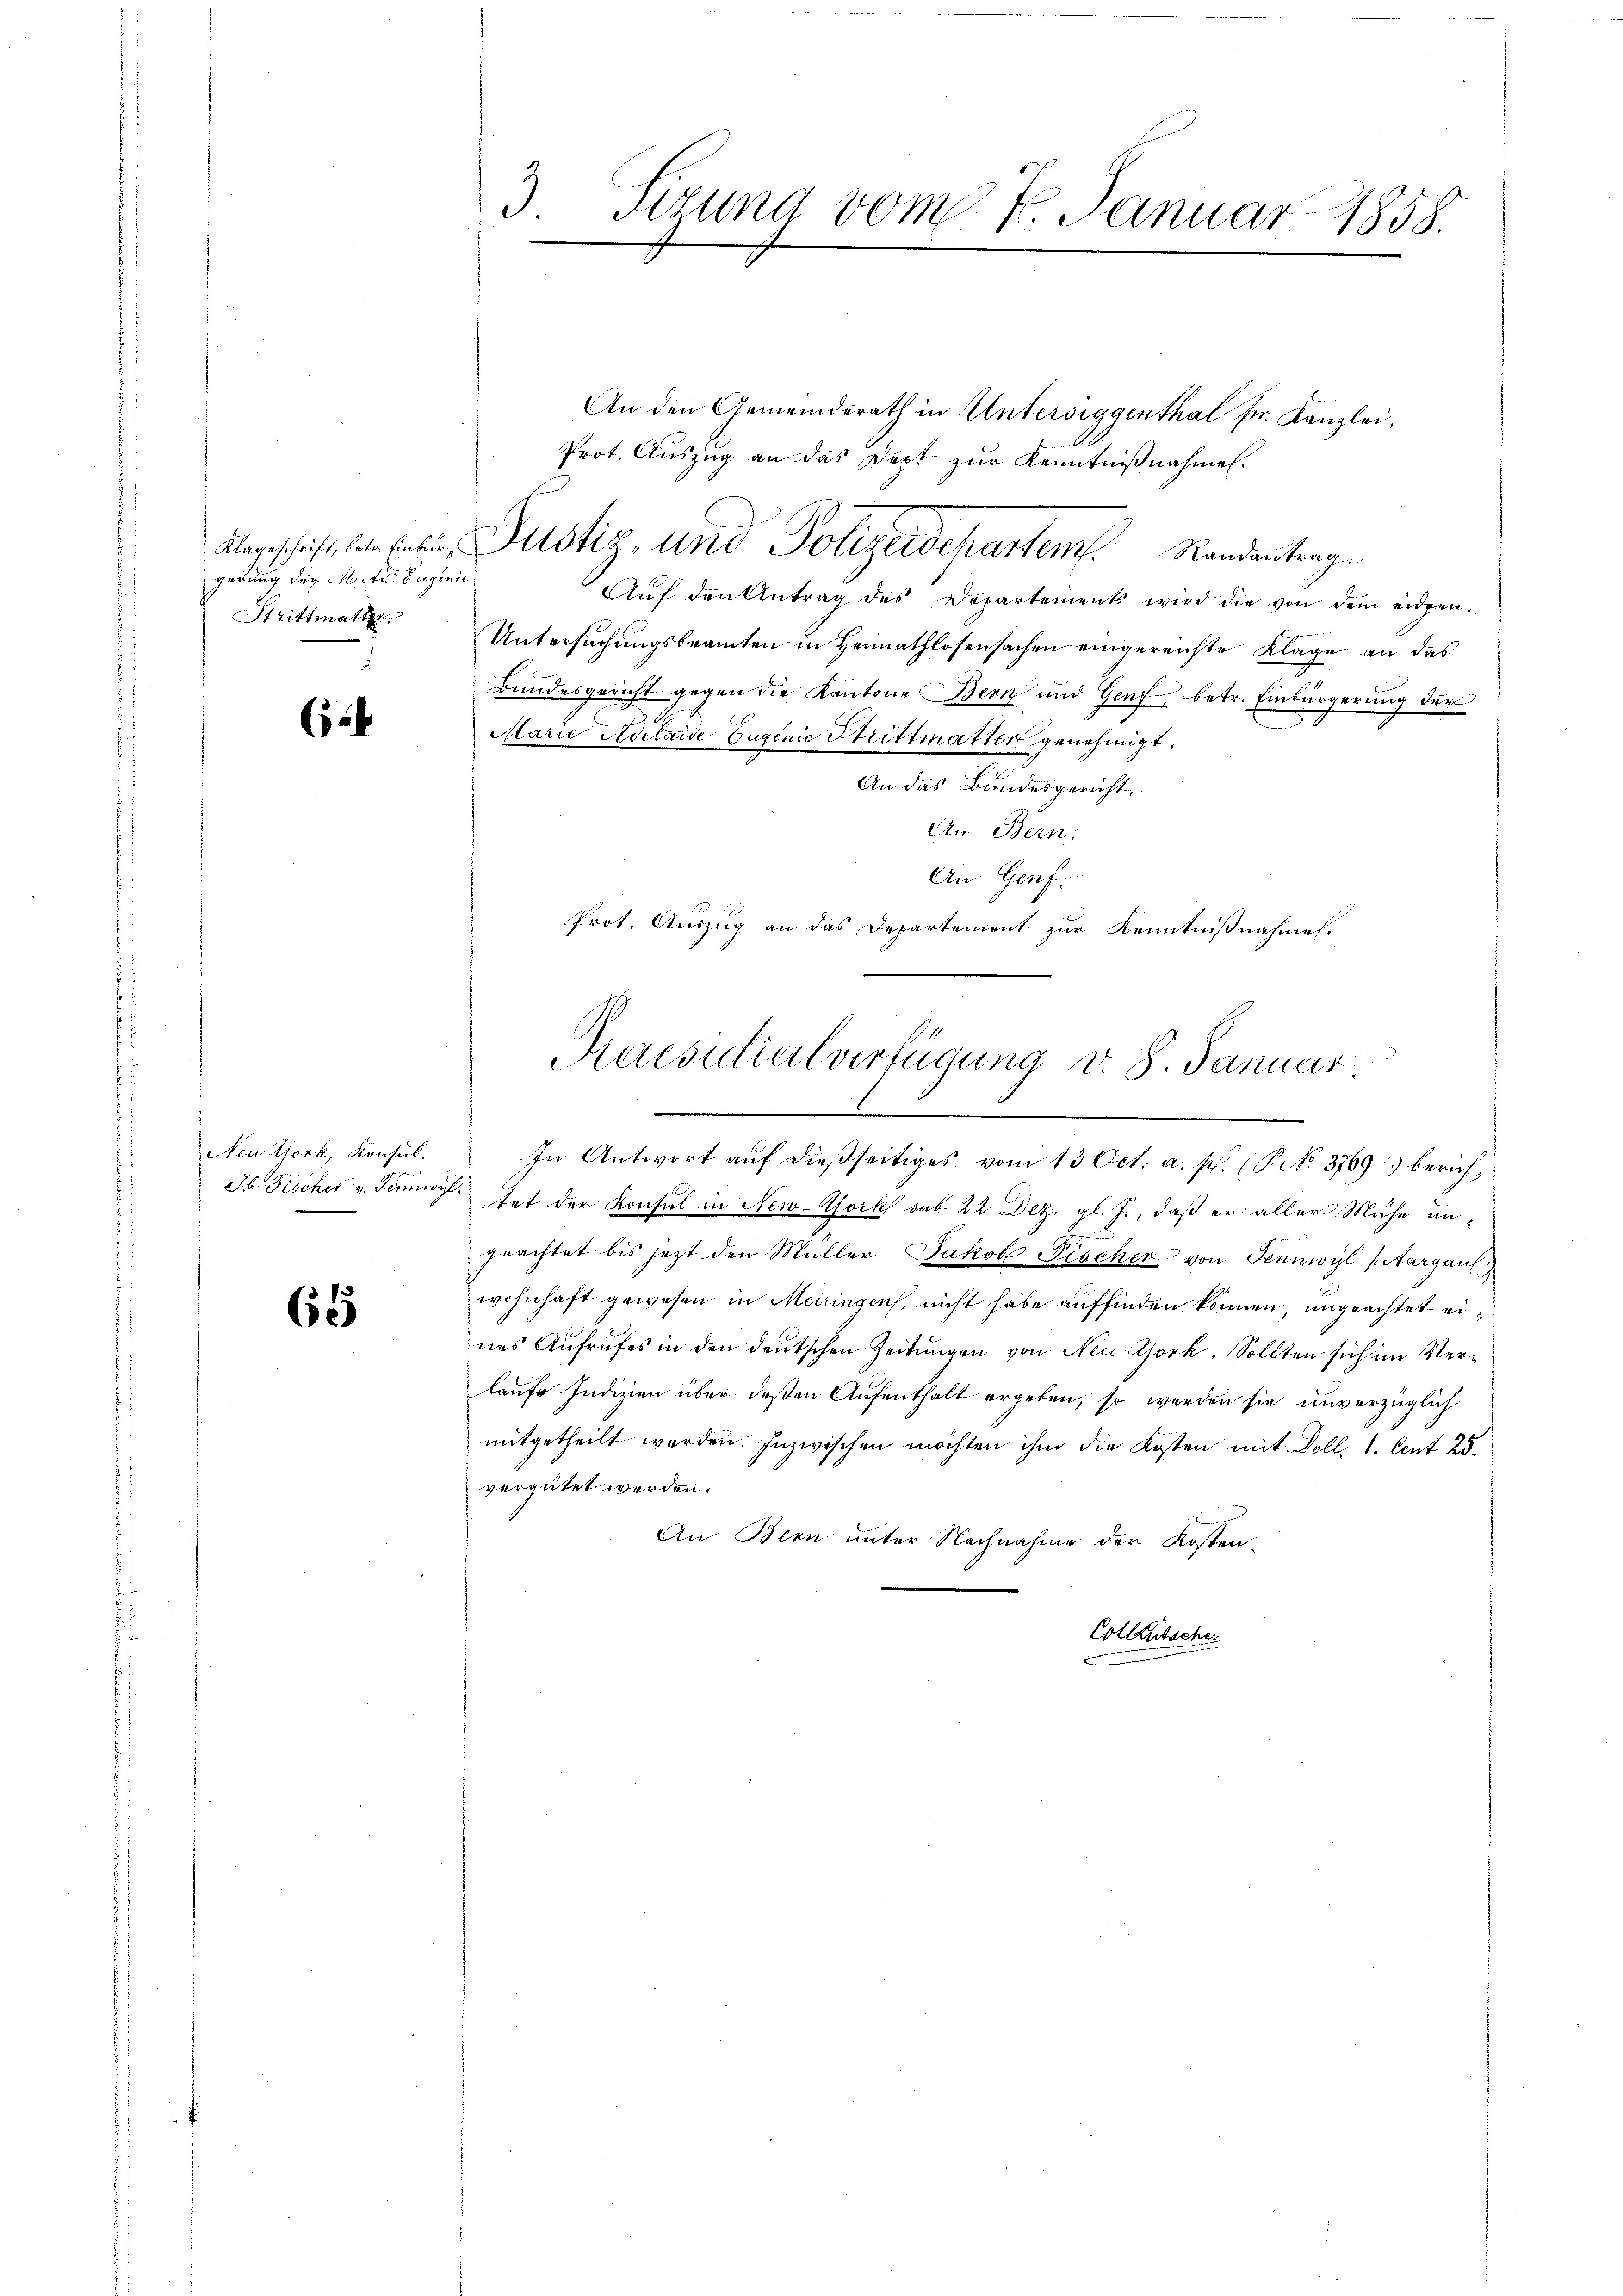
gerung der Miter Sagenie
Strittmatte.

5

Neuthork, Konsul.

65

3. Sizung vom 7. Januar 1858.

abgeschrift et sein Pitstiz, und Polizeidepartem Randentrag
Aŭf den Antrag des Departements wird die von dem eidgen.
Untersuchungsbeamten in Heimathlosensachen eingereichte Klage an das
Bundesgericht gegen die Kantone Bern und Genf betr. Einbürgerung der
Marie Adelaide Zugenie Strittmatter genehmigt.
An das Bundesgericht
An Bern.
An Genf.
Prot. Auszug an das Departement zur Kenntnißnahmen.
n

An den Gemeinderath in Untersiggenthal sr. Kanzlei,
Prot. Auszug an das Dept zur Kenntnißnahmen.

Praesidialverfügung v. 8. Januar

In Antwort auf dießseitiges vom 13. Oct. a. p. (T. No. 3769) berichdb Fischer v. Seming hat der Konsul in New-York sub 22 Dez. gl. J., daß er aller Mühe ungeachtet bis jetzt den Müller Jakob Fischer von Penwyl (Aargau
wohnhaft gewesen in Meiringen, nicht habe auffinden können, ungeachtet eines Aufrufes in den deutschen Zeitungen von Neu Gork, Sollten sich im Verlaufe Indizien über deßen Aufenthalt ergeben, so werden sie unverzüglich
mitgetheilt werden. Inzwischen möchten ihm die Kosten mit Doll. 1. Cent. 25.
vergütet werden.
An Bern unter Nachnahme der Kosten-
Colleutscher